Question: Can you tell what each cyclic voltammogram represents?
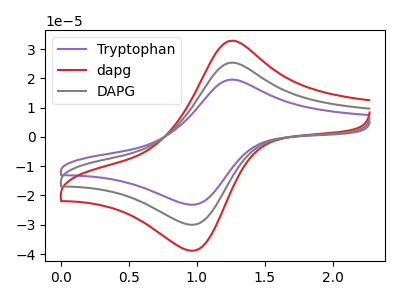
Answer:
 <answer>The purple curve is labeled "Tryptophan". The red curve is labeled "dapg". The gray curve is labeled "DAPG".</answer>
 <eval></eval>